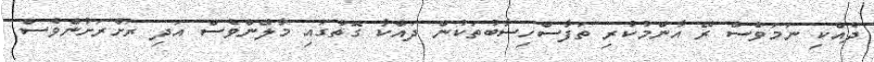
ދެއްކި ނަމަވެސް ރޭ އާންމުކުރި ތަފާސްހިސާބުތަކުން ދައްކާ ގޮތުގައި މާލޭންވެސް އަދި ރަށްރަށުންވެސް